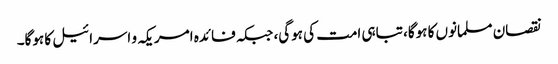
نقصان مسلمانوں کا ہوگا، تباہی امت کی ہوگی، جبکہ فائدہ امریکہ و اسرائیل کا ہوگا۔